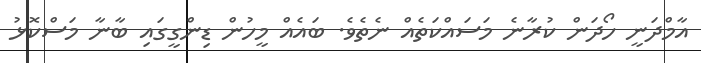
އާމްދަނީ ހޯދަން ކުރާނެ މަސައްކަތެއް ނެތެވެ. ބައެއް މީހުން ޑިންގީގައި ބާނާ މަސްކޮޅު